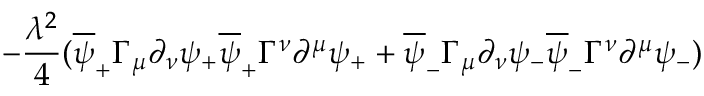
- { \frac { \lambda ^ { 2 } } { 4 } } ( \overline { { { \psi } } } _ { + } \Gamma _ { \mu } \partial _ { \nu } \psi _ { + } \overline { { { \psi } } } _ { + } \Gamma ^ { \nu } \partial ^ { \mu } \psi _ { + } + \overline { { { \psi } } } _ { - } \Gamma _ { \mu } \partial _ { \nu } \psi _ { - } \overline { { { \psi } } } _ { - } \Gamma ^ { \nu } \partial ^ { \mu } \psi _ { - } )